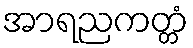
အာရညကတ္တံ